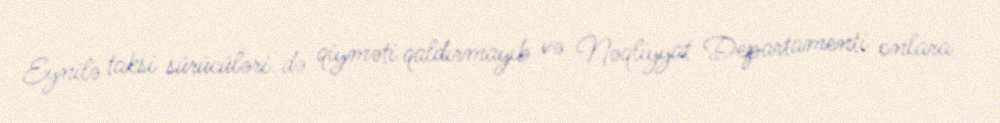
Eynilə taksi sürücüləri də qiyməti qaldırmayıb və Nəqliyyat Departamenti onlara